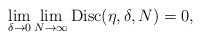
LaTeX: \begin{align*} \lim_{\delta \to 0} \lim_{N \to \infty} {\rm Disc}(\eta, \delta, N) =0,\end{align*}